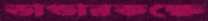
ভাণ্ডারকক্ষে